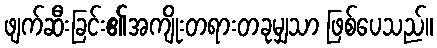
ဖျက်ဆီးခြင်း၏အကျိုးတရားတခုမျှသာ ဖြစ်ပေသည်။